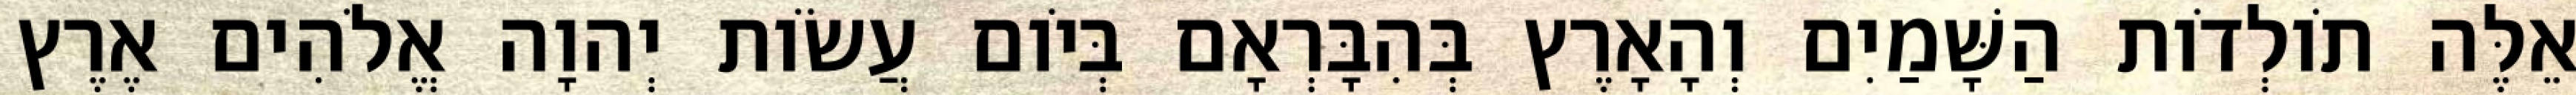
אֵלֶּה תֹולְדֹות הַשָּׁמַיִם וְהָאָרֶץ בְּהִבָּרְאָם בְּיֹום עֲשֹׂות יְהוָה אֱלֹהִים אֶרֶץ